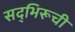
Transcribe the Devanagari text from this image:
सद्‌भिरूची